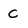
Character: C